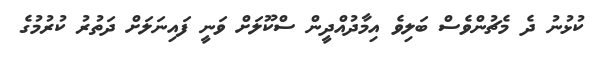
ކުޅުނު ދެ މެޗުންވެސް ބަލިވެ އިމާދުއްދީން ސްކޫލަށް ވަނީ ފައިނަލަށް ދަތުރު ކުރުމުގެ